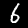
Digit: 6